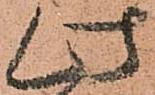
此